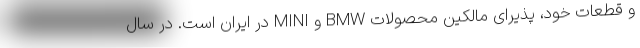
و قطعات خود، پذیرای مالکین محصولات BMW و MINI در ایران است. در سال